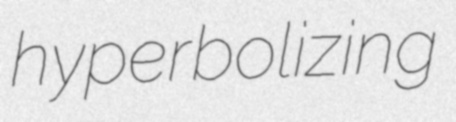
hyperbolizing